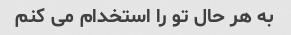
به هر حال تو را استخدام می کنم